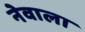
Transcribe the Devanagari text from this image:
नेवाला